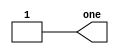
//
//
// https://hdlbits.01xz.net/wiki/Step_one
//
//

`default_nettype none

module top_module (
    output  one
);

    assign one = 1'b1;

endmodule